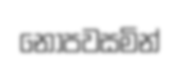
නොපවසමින්